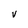
Character: V